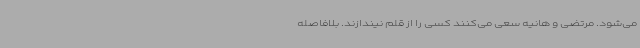
می‌شود. مرتضی و هانیه سعی می‌کنند کسی را از قلم نیندازند. بلافاصله